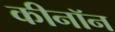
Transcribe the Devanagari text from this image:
कीनॉन